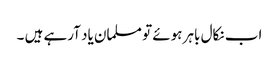
اب نکال باہر ہوئے تو مسلمان یاد آرہے ہیں ۔